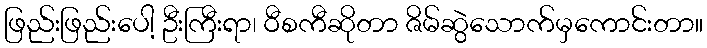
ဖြည်းဖြည်းပေါ့ ဦးကြီးရာ၊ ဝီစကီဆိုတာ ဇိမ်ဆွဲသောက်မှကောင်းတာ။